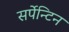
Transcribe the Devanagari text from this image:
सर्पेन्टिन